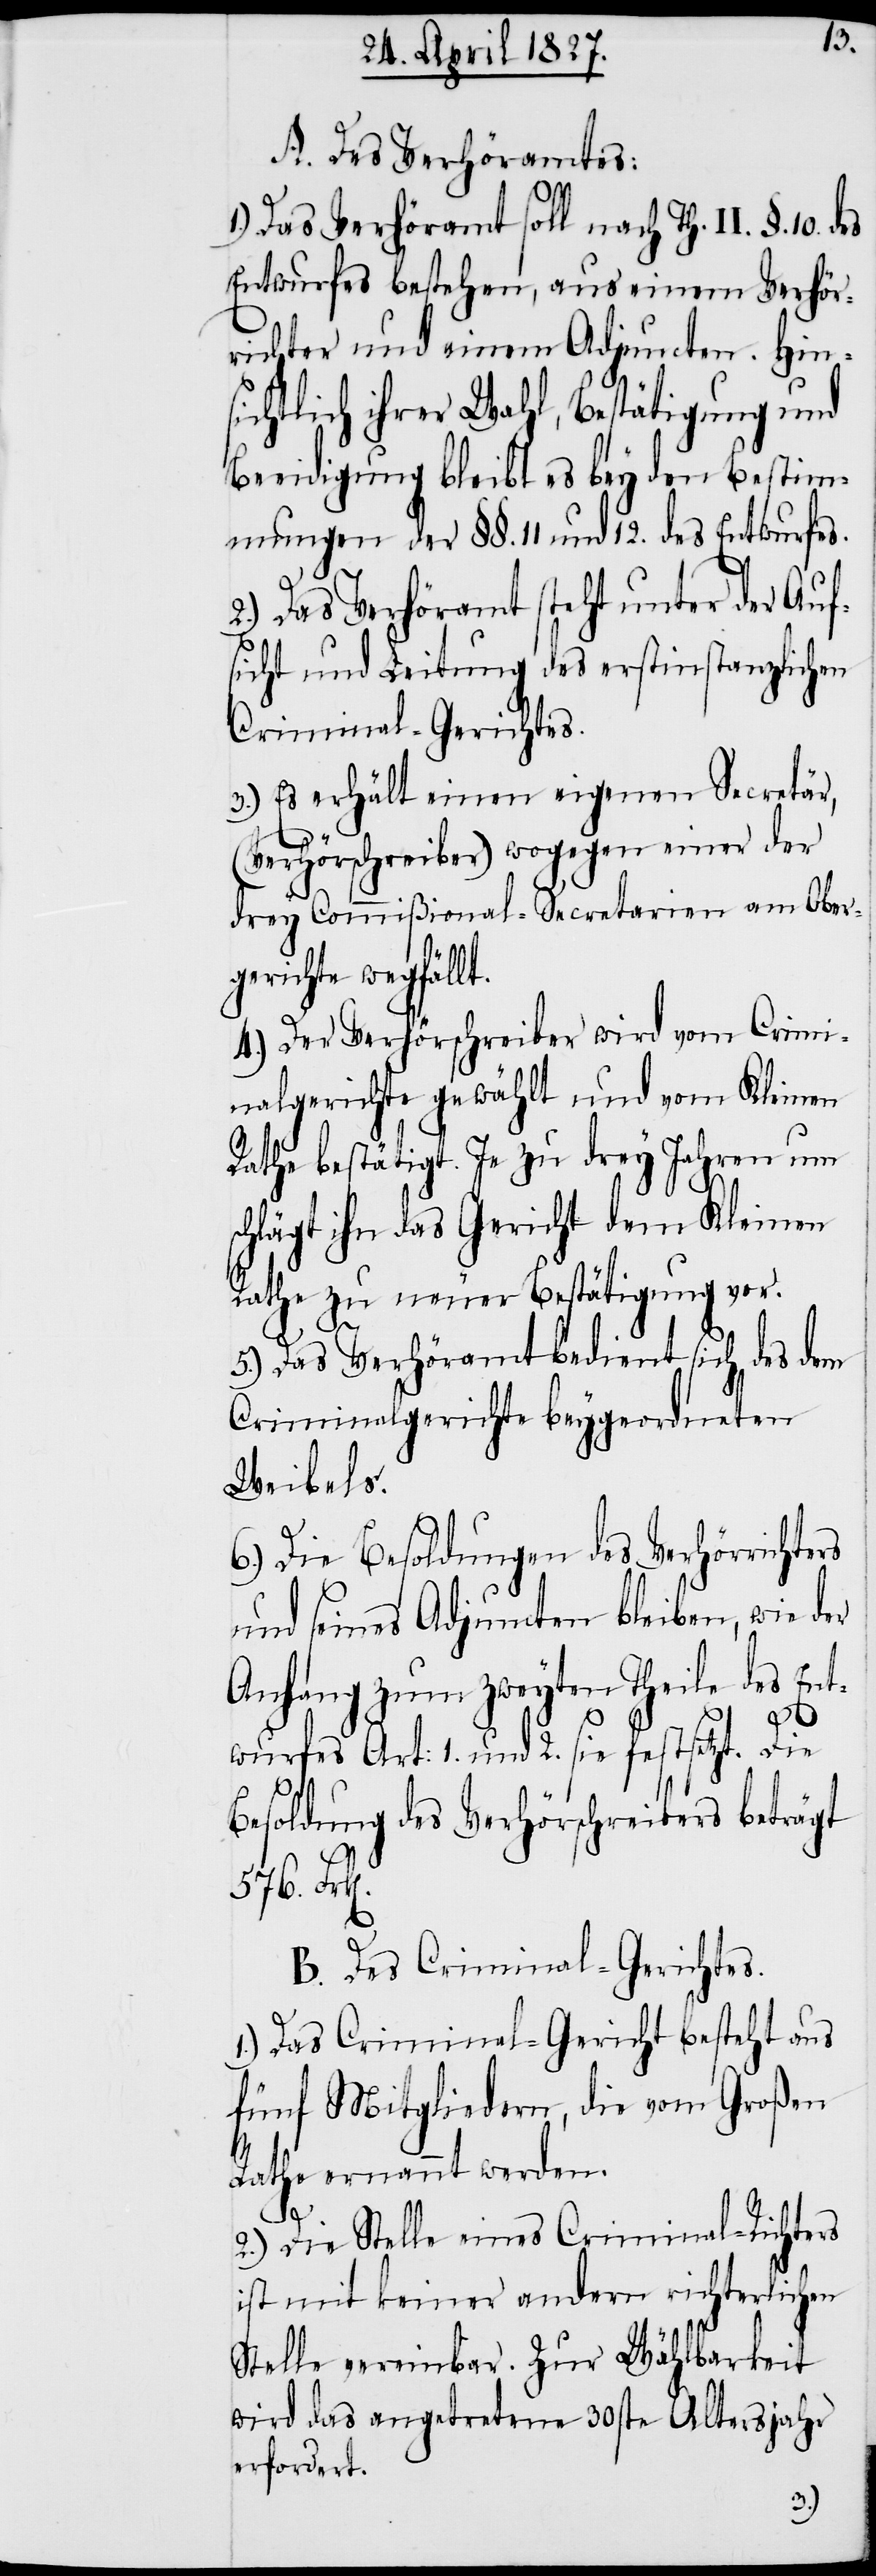
A. Des Verhöramtes:
1.) Das Verhöramt soll nach Th. II. §.
Entwurfes bestehen, aus einem Verhör¬
richter und einem Adjuncten. Hin¬
sichtlich ihrer Wahl, Bestätigung und
Beeidigung bleibt es bey den Bestim¬
mungen der §§. 11 und 12. des Entwurfes.
2.) Das Verhöramt steht unter der Auf¬
sicht und Leitung des erstinstanzlichen
Criminal-Gerichtes.
3.) Es erhält einen eigenen Secretär,
(Verhörschreiber) wogegen einer der
drey Commißional-Secretarien am Ober¬
gerichte wegfällt.
4.) Der Verhörschreiber wird vom Crimi¬
nalgerichte gewählt und vom Kleinen
Rathe bestätigt. Je zu drey Jahren um
schlägt ihn das Gericht dem Kleinen
Rathe zu neuer Bestätigung vor.
5.) Das Verhöramt bedient sich des dem
Criminalgerichte beygeordneten
Weibels.
6.) Die Besoldungen des Verhörrichters
und seines Adjuncten bleiben, wie der
Anhang zum zweyten Theile des Ent¬
576.
wurfes Art: 1. und 2. sie festsetzt. Die
Besoldung des Verhörschreibers beträgt
B. Des Criminal-Gerichtes.
1.) Das Criminal-Gericht besteht aus
fünf Mitgliedern, die vom Großen
Rathe ernennt werden.
10.
2.) Die Stelle eines Criminal-Richters
ist mit keiner andern richterlichen
Stelle vereinbar. Zur Wählbarkeit
wird das angetretene 30ste Altersjahr
erfordert.